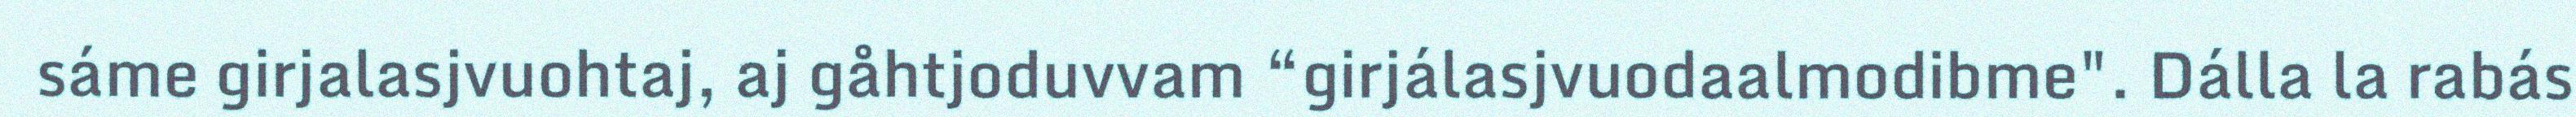
sáme girjalasjvuohtaj, aj gåhtjoduvvam “girjálasjvuodaalmodibme". Dálla la rabás